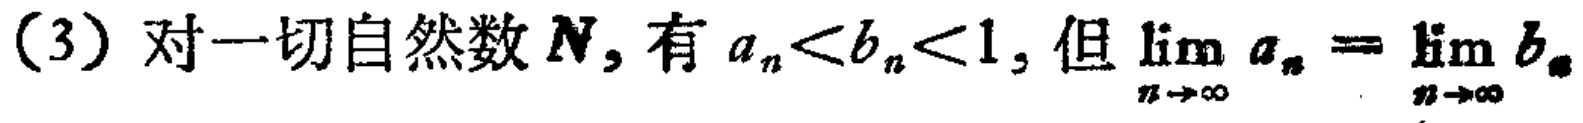
(3) 对一切自然数$N$, 有$a_{n}<b_{n}<1$, 但$\lim_{n \to \infty} a_{n}=\lim_{n \to \infty} b_{n}$